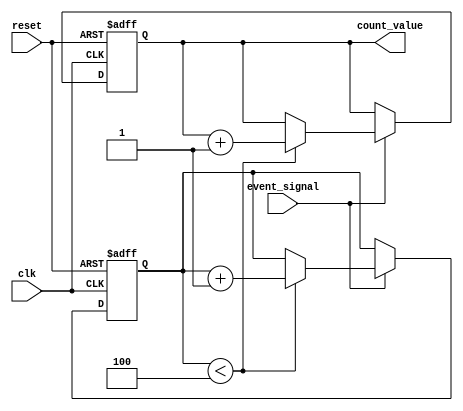
module windowed_counter #(
    parameter WINDOW_SIZE = 4,  // Configurable window size
    parameter COUNTER_WIDTH = $clog2(WINDOW_SIZE + 1)  // Width of the counter
)(
    input wire clk,               // Clock input
    input wire reset,             // Reset input
    input wire event_signal,      // Event signal to count occurrences
    output reg [COUNTER_WIDTH-1:0] count_value  // Current count output
);

    reg [COUNTER_WIDTH-1:0] event_count;  // Internal event count
    reg [COUNTER_WIDTH-1:0] window [0:WINDOW_SIZE-1];  // Window storage
    integer i;

    initial begin
        // Initialize the count and window
        count_value = 0;
        event_count = 0;
        for (i = 0; i < WINDOW_SIZE; i = i + 1) begin
            window[i] = 0;
        end
    end

    always @(posedge clk or posedge reset) begin
        if (reset) begin
            // Reset the counter and window
            count_value <= 0;
            event_count <= 0;
            for (i = 0; i < WINDOW_SIZE; i = i + 1) begin
                window[i] <= 0;
            end
        end else if (event_signal) begin
            // Check if the window is full
            if (event_count < WINDOW_SIZE) begin
                // If not full, simply increment the count
                count_value <= count_value + 1;
                window[event_count] <= 1;  // Store the event
                event_count <= event_count + 1;  // Increment the event count
            end else begin
                // If full, discard the oldest event and add the new one
                count_value <= count_value; // Keep the count same (for saturation)
                window[0] <= 0;  // Discard the oldest event
                // Shift the window left
                for (i = 1; i < WINDOW_SIZE; i = i + 1) begin
                    window[i-1] <= window[i];
                end
                window[WINDOW_SIZE-1] <= 1;  // Add the new event to the end
            end
        end
    end

endmodule